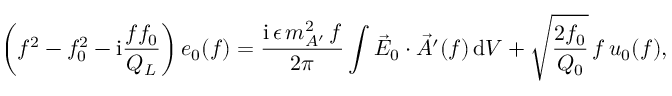
\left( f ^ { 2 } - f _ { 0 } ^ { 2 } - \mathrm { i } \frac { f f _ { 0 } } { Q _ { L } } \right) e _ { 0 } ( f ) = \frac { \mathrm { i } \, \epsilon \, m _ { A ^ { \prime } } ^ { 2 } \, f } { 2 \pi } \int \vec { E } _ { 0 } \cdot \vec { A ^ { \prime } } ( f ) \, \mathrm { d } V + \sqrt { \frac { 2 f _ { 0 } } { Q _ { 0 } } } \, f \, { u } _ { 0 } ( f ) ,